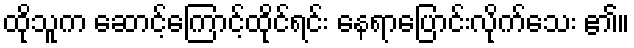
ထိုသူက ဆောင့်ကြောင့်ထိုင်ရင်း နေရာပြောင်းလိုက်သေး ၏။